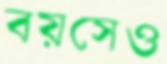
বয়সেও